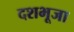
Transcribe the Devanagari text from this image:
दशभूजा